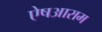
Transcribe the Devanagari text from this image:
ऐषआराम